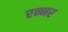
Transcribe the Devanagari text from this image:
रन्नर